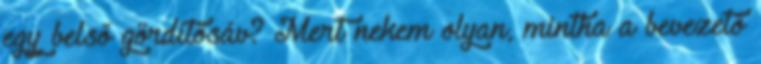
egy belső gördítősáv? Mert nekem olyan, mintha a bevezető